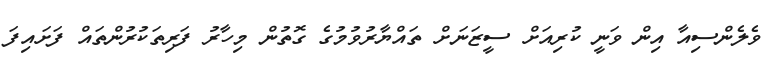
ވެލެންސިއާ އިން ވަނީ ކުރިއަށް ސީޒަނަށް ތައްޔާރުވުމުގެ ގޮތުން މިހާރު ފަރިތަކުރުންތައް ފަށައިފަ